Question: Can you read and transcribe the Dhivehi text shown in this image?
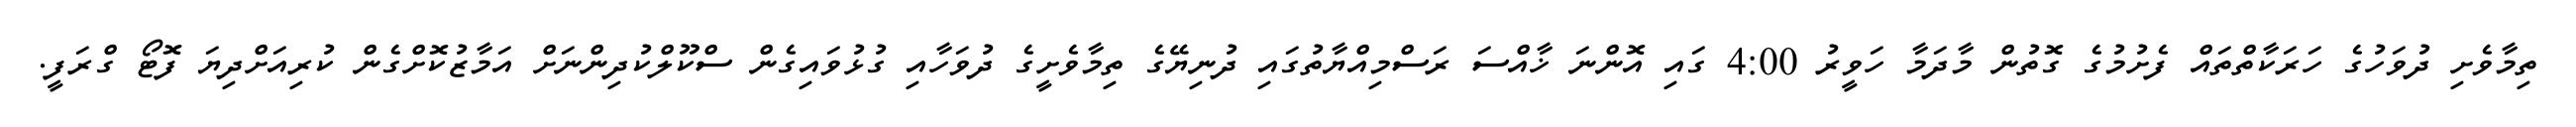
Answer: ތިމާވެށި ދުވަހުގެ ހަރަކާތްތައް ފެށުމުގެ ގޮތުން މާދަމާ ހަވީރު 4:00 ގައި އޮންނަ ޚާއްސަ ރަސްމިއްޔާތުގައި ދުނިޔޭގެ ތިމާވެށީގެ ދުވަހާއި ގުޅުވައިގެން ސްކޫލްކުދިންނަށް އަމާޒުކޮށްގެން ކުރިއަށްދިޔަ ފޮޓޯ ގްރަފީ.